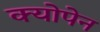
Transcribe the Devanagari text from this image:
क्योपेन